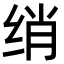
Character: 绡